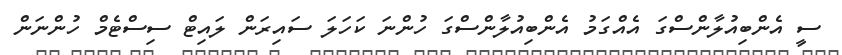
ސީ އެންބިއުލާންސްގަ އެއްގަމު އެންބިއުލާންސްގަ ހުންނަ ކަހަލަ ސައިރަން ލައިޓް ސިސްޓެމް ހުންނަން